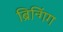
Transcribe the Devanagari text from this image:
ब्रिन्गिंग